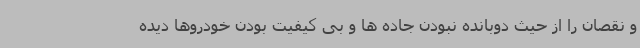
و نقصان را از حیث دوبانده نبودن جاده ها و بی کیفیت بودن خودروها دیده